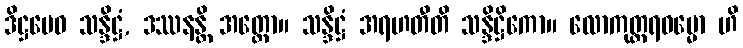
ဒိဋ္ဌမေဝ သန္ဒိဋ္ဌံ, ဒဿနန္တိ အတ္ထော။ သန္ဒိဋ္ဌံ အရဟတီတိ သန္ဒိဋ္ဌိကော။ လောကုတ္တရဓမ္မော ဟိ